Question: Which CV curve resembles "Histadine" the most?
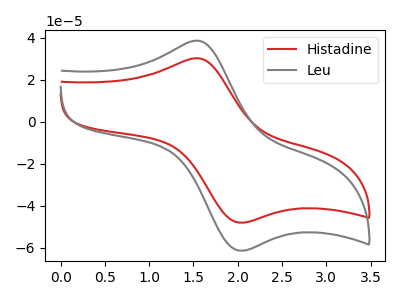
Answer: <think>The red curve "Histadine" has an anodic peak at (1.55V, 30.15uA) and a cathodic peak at (2.05V, -48.15uA). The gray curve "Leu" has an anodic peak at (1.55V, 38.50uA) and a cathodic peak at (2.05V, -61.45uA).
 All the peaks in "Histadine" have a peak in "Leu" at the same potential. Every peak in "Histadine" is lower than every peak in "Leu".</think>
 <answer>The CV with the most similar shape to "Leu" is "Histadine".</answer>
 <eval>"Histadine"</eval>